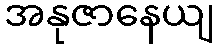
အနုဇာနေယျ